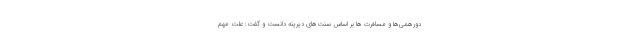
دورهمی‌ها و مسافرت ها بر اساس سنت‌های دیرینه دانست و گفت: علت مهم